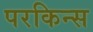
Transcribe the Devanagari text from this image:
परकिन्स